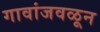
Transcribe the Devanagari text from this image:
गावांजवळून